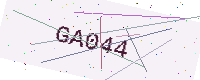
Text: GA044